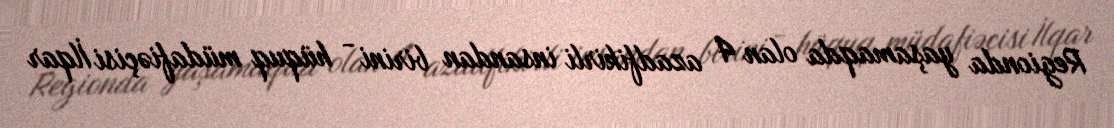
Regionda yaşamaqda olan 4 azadfikirli insandan birini - hüquq müdafiəçisi İlqar